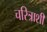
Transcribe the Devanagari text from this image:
चरित्राशी